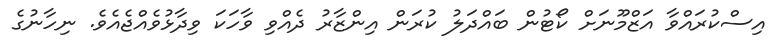
އިސްކުރައްވާ އަޒްމޫނަށް ކޯޓުން ބައްދަލު ކުރަން އިންޒާރު ދެއްވި ވާހަކަ ވިދާޅުވެއްޖެއެވެ. ނިހާނުގެ